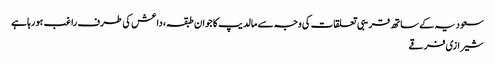
سعودیہ کے ساتھ قریبی تعلقات کی وجہ سے مالدیپ کا جوان طبقہ، داعش کی طرف راغب ہورہا ہے
شیرازی فرقے